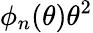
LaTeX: \phi_{n}(\theta)\theta^{2}